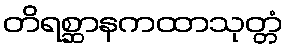
တိရစ္ဆာနကထာသုတ္တံ